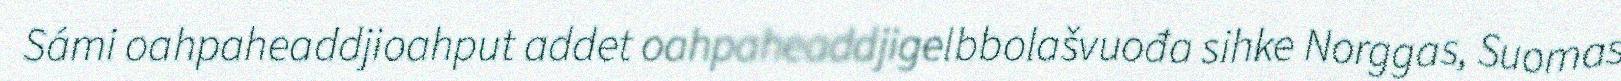
Sámi oahpaheaddjioahput addet oahpaheaddjigelbbolašvuođa sihke Norggas, Suomas